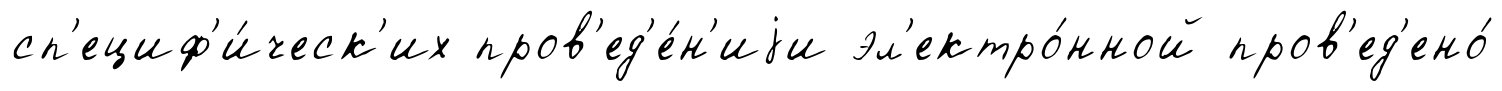
сп'ециф'и́ческ'их пров'ед'е́н'иjи эл'ектро́нной пров'ед'ено́